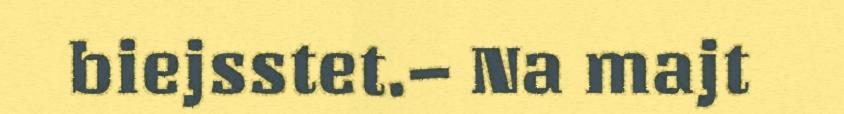
biejsstet.– Na majt